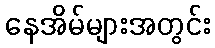
နေအိမ်များအတွင်း